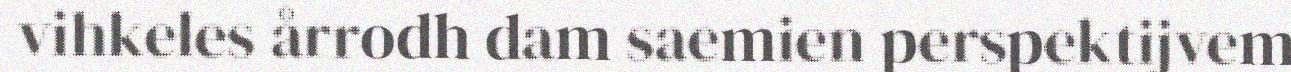
vihkeles årrodh dam saemien perspektijvem